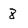
Character: 8